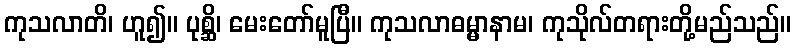
ကုသလာတိ၊ ဟူ၍။ ပုစ္ဆိ၊ မေးတော်မူပြီ။ ကုသလာဓမ္မာနာမ၊ ကုသိုလ်တရားတို့မည်သည်။